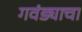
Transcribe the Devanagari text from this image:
गवंड्याचा